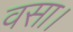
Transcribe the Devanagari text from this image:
वसा।